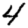
Digit: 4